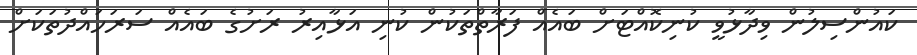
ކައުންސިލުން ވިދާޅުވީ ކުނިކޮއްޓަށް ބައެއް ފަރާތްތަކުން ކުނި އަޅާއިރު ރަށުގެ ބައެއް ސަރަހައްދުތަކަށް